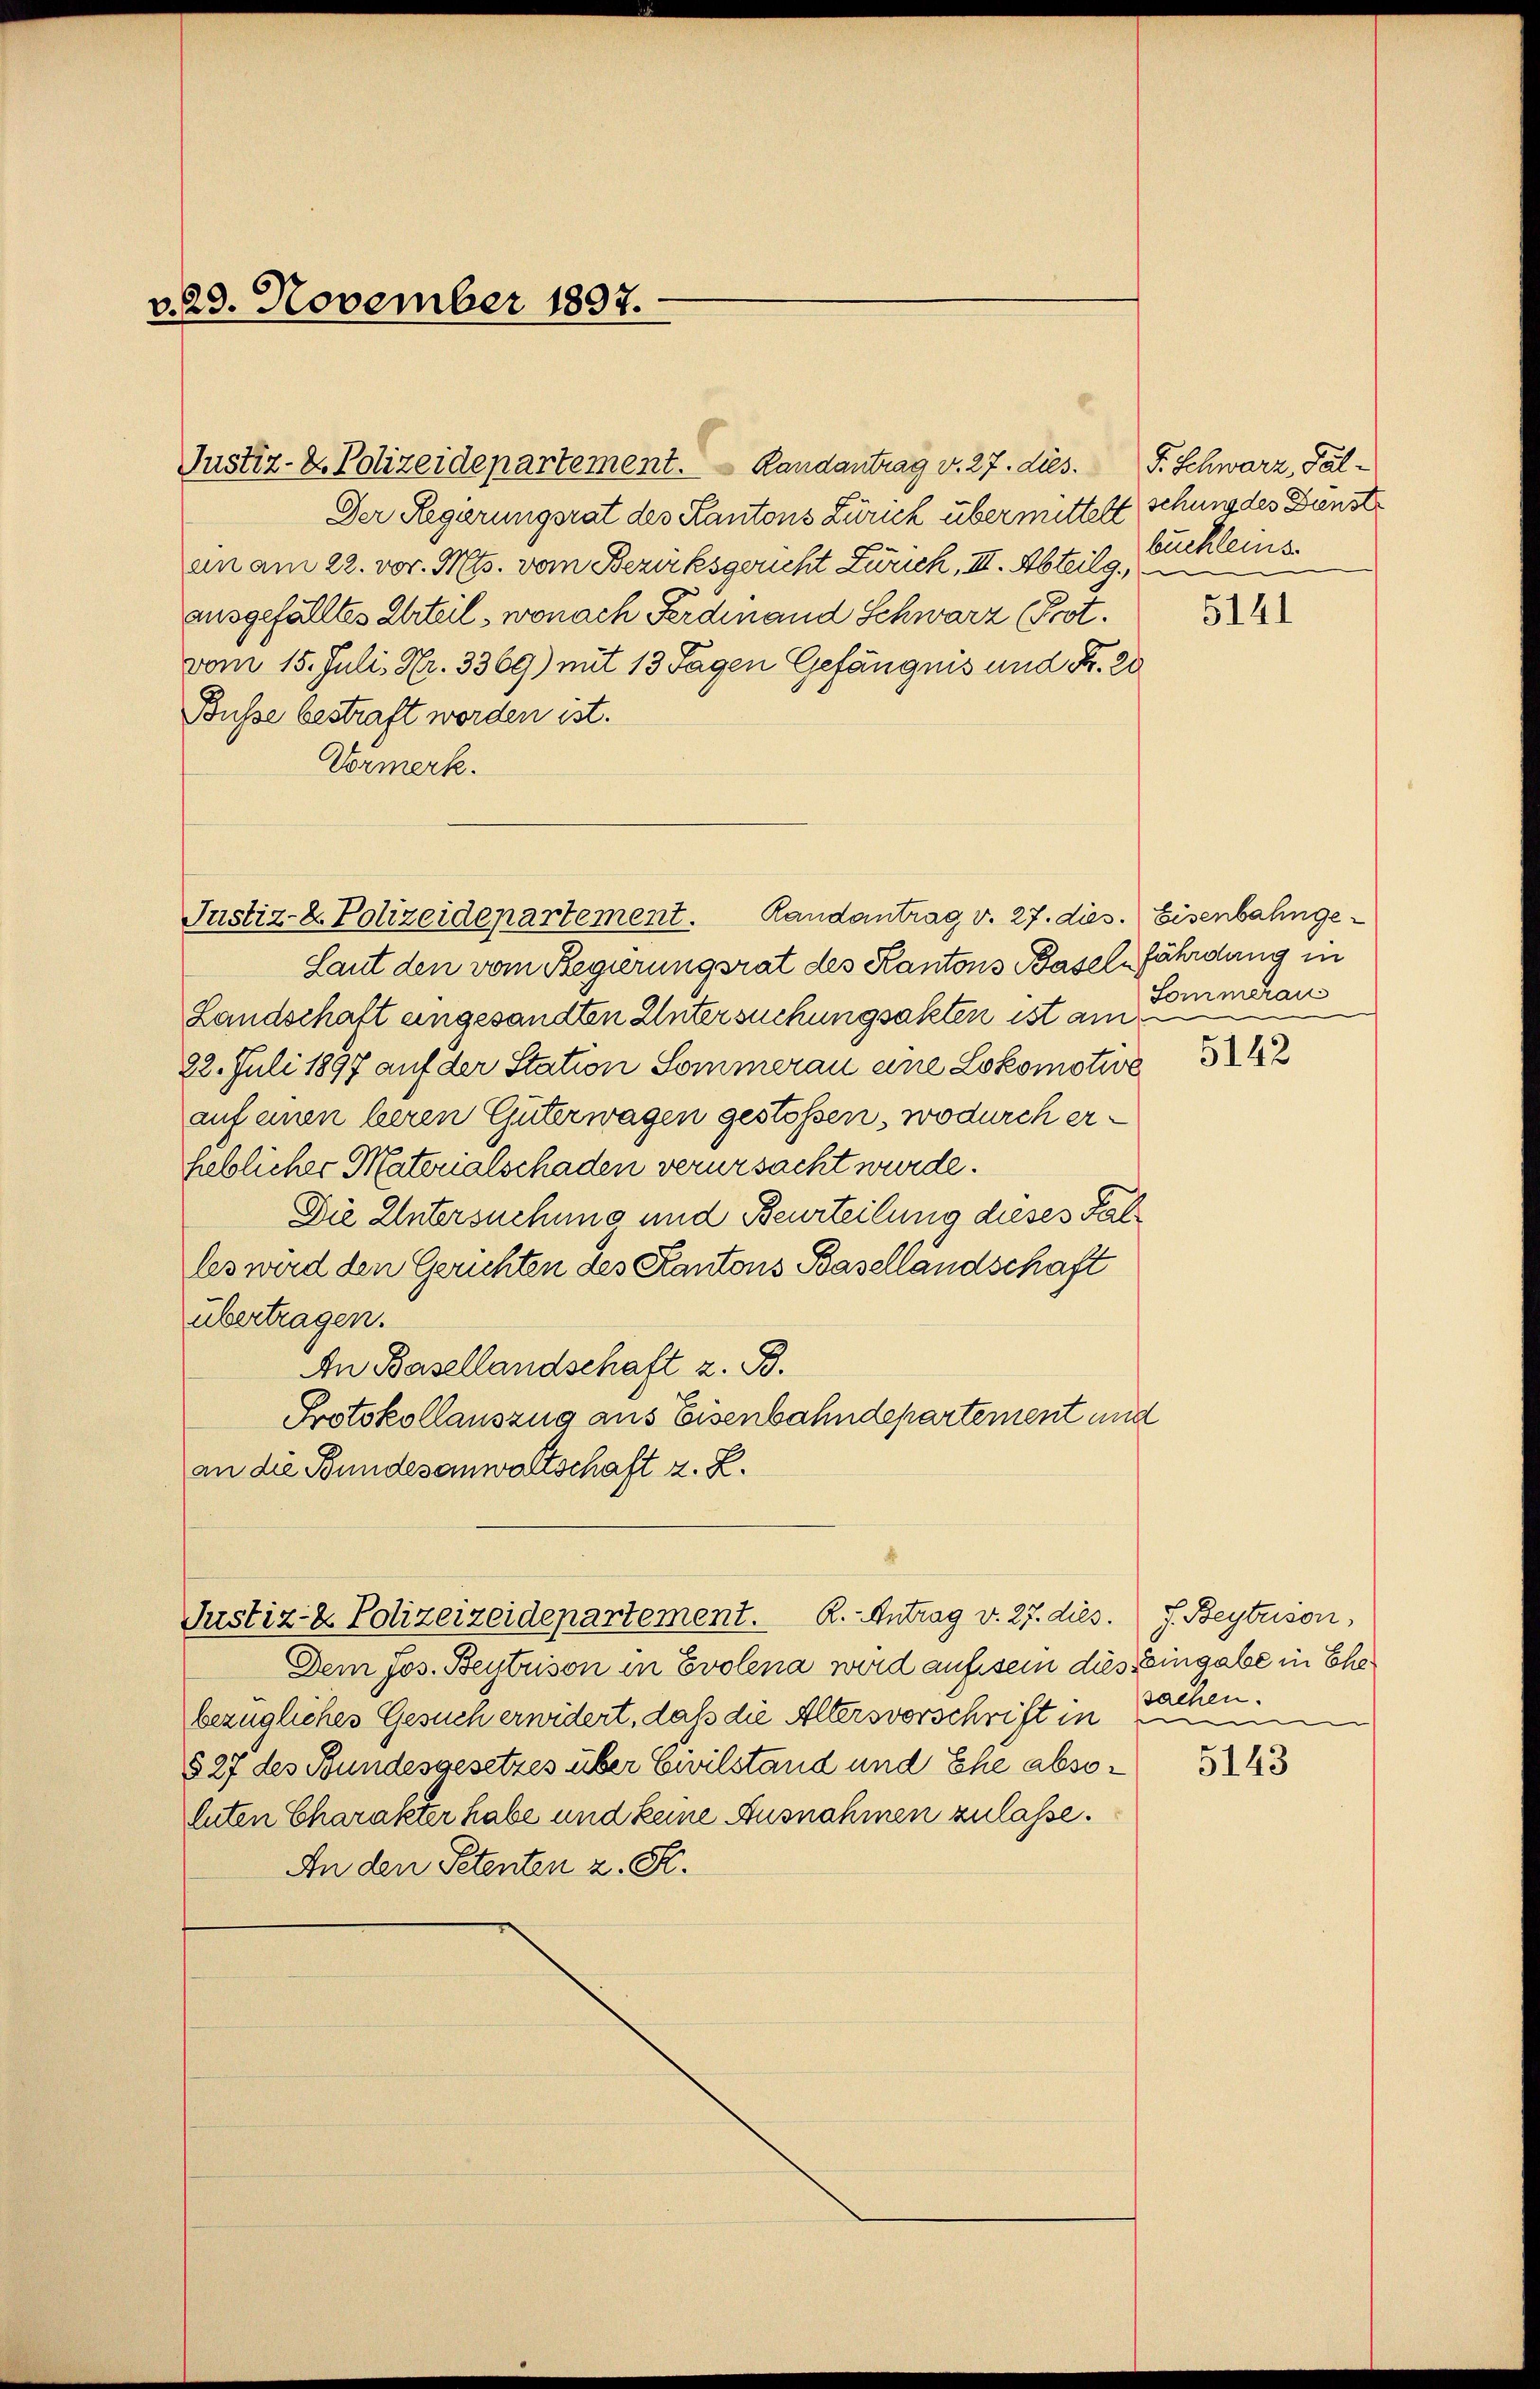
v. 29. November 1897.

Justiz- & Polizeidepartement.  Randantrag v. 27. dies.
Der Regierungsrat des Kantons Zürich übermittelt schung des Dünst
an am 22. vor. Mts. vom Bezirksgericht Zürich, III. Abteilg.,
ausgefälltes Urteil, wonach Ferdinand Schwarz (Prot.
vom 15. Juli, Nr. 3369) mit 13 Tagen Gefängnis und Fr. 20
Busse bestraft worden ist.
Vormerk.

Laut den vom Regierungsrat des Kantons Basel, fährdung in
Landschaft angesandten Untersuchungsakten ist am
22. Juli 1897 auf der Station Sommerau eine Lokomotive
auf einen beren Güterwagen gestoßen, wodurch erheblicher Materialschaden verursacht wurde.
Die Untersuchung und Beurteilung dieses Falles wird den Gerichten des Kantons Basellandschaft
übertragen.
An Basellandschaft z. B.
Protokollauszug aus Eisenbahndepartement und
an die Bundesanwaltschaft z. R.

Justiz- & Polizeidepartement. Randantrag v. 27. dies. Eisenbahnge¬

Justiz- & Polizeizeidepartement. R.-Antrag v. 27. dies. J. Beytrison,

Dem Jos. Beytrison in Evolena wird auf sein dies Eingabe in Ehebezügliches Gesuch erwidert, daß die Altersvorschrift in
§ 27 des Bundesgesetzes über Civilstand und Ehe absoluten Charakter habe und keine Ausnahmen zulasse.
An den Petenten z. S.

F. Schwarz, Palbuchleins.

5141

Sommeran

5142

sachen.
u

5143